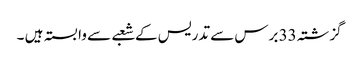
گزشتہ 33 برس سے تدریس کے شعبے سے وابستہ ہیں ۔